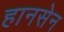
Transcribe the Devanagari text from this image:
हानसेन